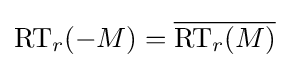
\operatorname {RT} _{r}(-M)={\overline {{\text{RT}}_{r}(M)}}